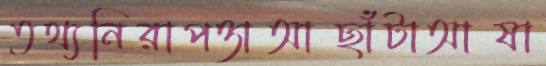
তথ্যনিরাপত্তাআছাঁটাআষা